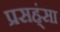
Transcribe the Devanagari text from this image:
प्रसह्ंसा